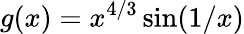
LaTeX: g(x)=x^{4/3}\sin(1/x)